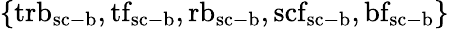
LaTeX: \{ {\mathrm{trb}}_{\mathrm{sc}\mathrm{-}\mathrm{b}},{\mathrm{tf}}_{\mathrm{sc}\mathrm{-}\mathrm{b}},{\mathrm{rb}}_{\mathrm{sc}\mathrm{-}\mathrm{b}},{\mathrm{scf}}_{\mathrm{sc}\mathrm{-}\mathrm{b}},{\mathrm{bf}}_{\mathrm{sc}\mathrm{-}\mathrm{b}}\}